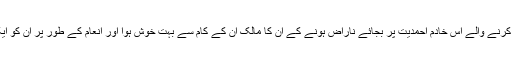
مگر دین کو دنیا پر مقدم کرنے والے اس خادمِ احمدیت پر بجائے ناراض ہونے کے اُن کا مالک اُن کے کام سے بہت خوش ہوا اور انعام کے طور پر اُن کو ایک موٹر سائیکل بھی دی۔